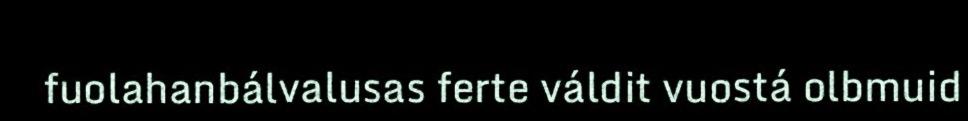
fuolahanbálvalusas ferte váldit vuostá olbmuid